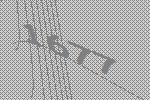
1677